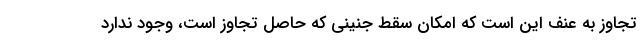
تجاوز به عنف این است که امکان سقط جنینی که حاصل تجاوز است، وجود ندارد